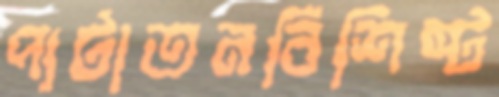
পাটাতনবিশিষ্ট